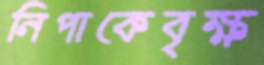
নিপাকেবৃক্ষ